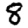
Digit: 8